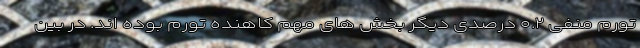
تورم منفی ۰.۲ درصدی دیگر بخش های مهم کاهنده تورم بوده اند. در بین